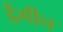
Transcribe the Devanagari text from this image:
डैंगीन